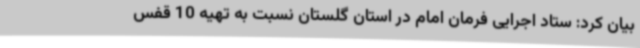
بیان کرد: ستاد اجرایی فرمان امام در استان گلستان نسبت به تهیه 10 قفس